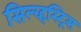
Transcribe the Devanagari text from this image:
सिल्व्हस्ट्रिस